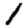
Digit: 1